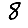
Digit: 8